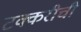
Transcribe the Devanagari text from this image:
टक्करीची